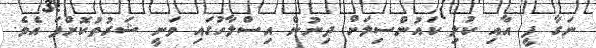
ނަގާ ފީ އާއި ކުލި ކައުންސިލަށް ދިނުން އިސްލާހުގައި ވަނީ ޝަރުތުކޮށްފަ އެވެ.